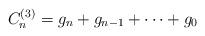
LaTeX: \begin{align*}C_{n}^{(3)}=g_n+g_{n-1}+\dots+g_0 \end{align*}